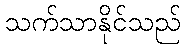
သက်သာနိုင်သည်